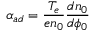
\alpha _ { a d } = \frac { T _ { e } } { e n _ { 0 } } \frac { d n _ { 0 } } { d \phi _ { 0 } }